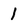
Character: 1